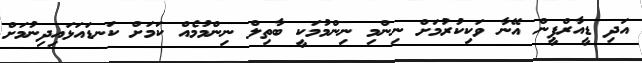
އަދި ޑީއާރްޕީން އޭނާ ވަކިކުރުމަށް ނިންމި ނިންމުމަކީ ބާތިލް ނިންމުމެއް ކަމަށް ކަނޑައަޅައިދިނުމަށް